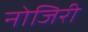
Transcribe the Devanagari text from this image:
नोजिरी